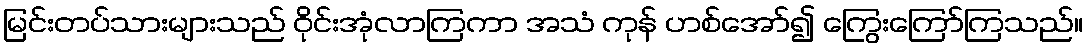
မြင်းတပ်သားများသည် ဝိုင်းအုံလာကြကာ အသံ ကုန် ဟစ်အော်၍ ကြွေးကြော်ကြသည်။